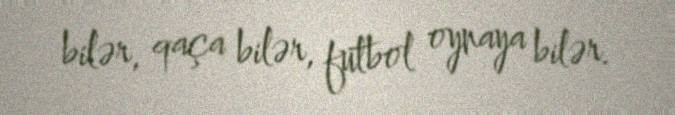
bilər, qaça bilər, futbol oynaya bilər.